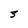
Character: 5